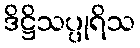
ဒိဋ္ဌိသပ္ပုရိသ